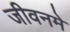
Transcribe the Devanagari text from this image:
जीवनमे